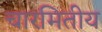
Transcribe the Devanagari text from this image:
चारमितीय